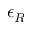
\epsilon _ { R }